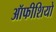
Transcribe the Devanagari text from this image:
ऑफीशियो